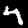
Digit: 4